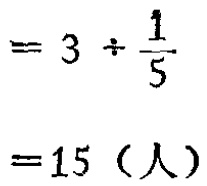
\[

\begin{align*}

&= 3\div\frac{1}{5}\\

&= 15 \text{（人）}

\end{align*}

\]